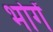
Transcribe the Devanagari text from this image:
भोगें